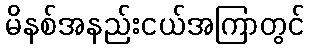
မိနစ်အနည်းငယ်အကြာတွင်